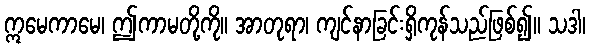
ဣမေကာမေ၊ ဤကာမတို့ကို။ အာတုရာ၊ ကျင်နာခြင်းရှိကုန်သည်ဖြစ်၍။ သဒါ၊